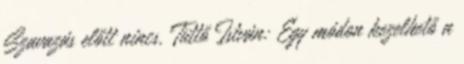
Szavazás előtt nincs. Tüttő István: Egy módon kezelhető a